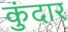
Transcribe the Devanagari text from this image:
कुंदार